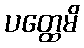
ပတ္ထေမိ